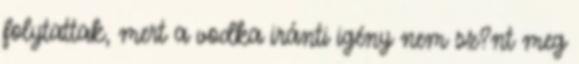
folytattak, mert a vodka iránti igény nem sz?nt meg